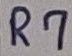
Text: R7